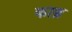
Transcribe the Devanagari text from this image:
काब्रू